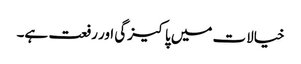
خیالات میں پاکیزگی اور رفعت ہے۔